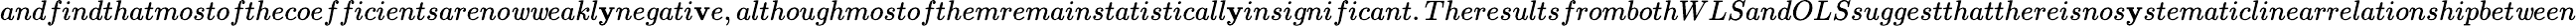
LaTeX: andfindthatmostofthecoefficientsareno\mathit{w}\mathit{w}eakl\mathbf{y}negati\mathbf{v}e,althoughmostofthemremainstatisticall\mathbf{y}insignificant.TheresultsfrombothWLSandOLSsuggestthatthereisnos\mathbf{y}stematiclinearrelationshipbet\mathit{w}een